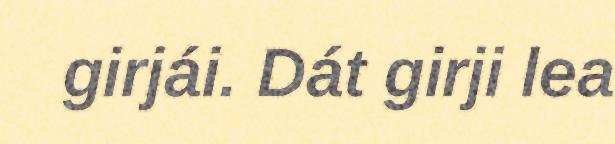
girjái. Dát girji lea